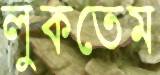
লুকতেম